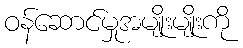
ဝန်ဆောင်မှုအမျိုးမျိုးကို